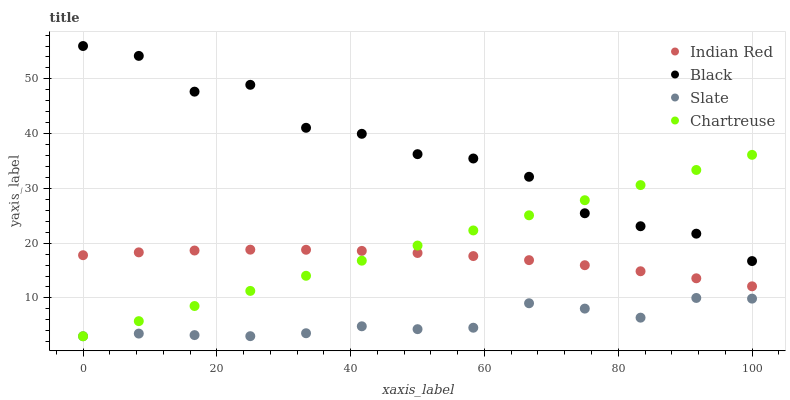
| xaxis_label | Indian Red | Black | Slate | Chartreuse |
 | --- | --- | --- | --- | --- |
 | 0 | 17.8 | 56 | 3 | 3 |
 | 8.33 | 18.3 | 54.2 | 3.49 | 5.76 |
 | 16.7 | 18.7 | 47.7 | 3.21 | 8.52 |
 | 25 | 18.8 | 48.9 | 3.01 | 11.3 |
 | 33.3 | 18.8 | 41.1 | 3.55 | 14 |
 | 41.7 | 18.6 | 40 | 4.82 | 16.8 |
 | 50 | 18.2 | 36.3 | 4.3 | 19.6 |
 | 58.3 | 17.6 | 35.5 | 4.56 | 22.3 |
 | 66.7 | 16.9 | 32.1 | 9.03 | 25.1 |
 | 75 | 16 | 25.5 | 8.05 | 27.8 |
 | 83.3 | 14.9 | 23.1 | 6.4 | 30.6 |
 | 91.7 | 13.6 | 21.7 | 9.99 | 33.4 |
 | 100 | 12.1 | 16.7 | 9.87 | 36.1 |